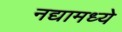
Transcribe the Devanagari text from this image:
नद्यामध्ये